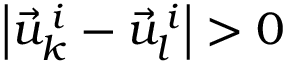
\left| \vec { u } _ { k } ^ { \, i } - \vec { u } _ { l } ^ { \, i } \right| > 0